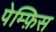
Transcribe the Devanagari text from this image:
पेम्फ़िस